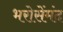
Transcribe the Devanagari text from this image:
भरोसेंमंद